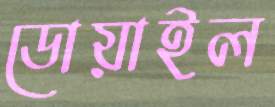
ডোয়াইল